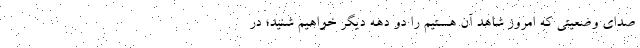
صدای وضعیتی که امروز شاهد آن هستیم را دو دهه دیگر خواهیم شنید؛ در